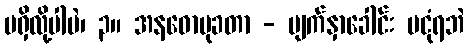
မရှိလို့ပါပဲ၊ ၃။ အနဓောမုခတာ - မျက်နှာခေါင်း မငုံရဘဲ